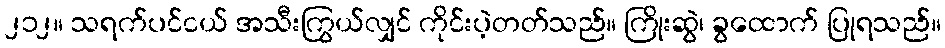
၂၁၂။ သရက်ပင်ငယ် အသီးကြွယ်လျှင် ကိုင်းပဲ့တတ်သည်။ ကြိုးဆွဲ၊ ခွထောက် ပြုရသည်။